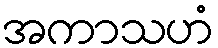
အကာသဟံ